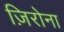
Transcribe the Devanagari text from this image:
ज़िरोना